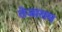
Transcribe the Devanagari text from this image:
तेजाराम